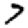
Digit: 7